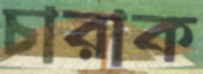
চারাক